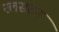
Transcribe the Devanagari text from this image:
रलसटन